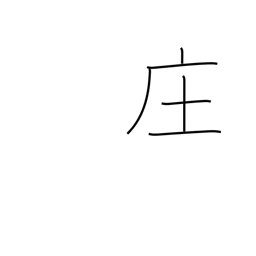
Meaning: village